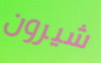
شيرون